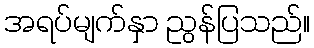
အရပ်မျက်နှာ ညွန်ပြသည်။